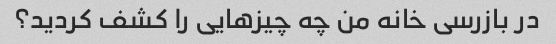
در بازرسی خانه من چه چیزهایی را کشف کردید؟